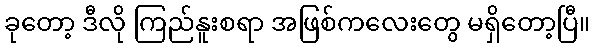
ခုတော့ ဒီလို ကြည်နူးစရာ အဖြစ်ကလေးတွေ မရှိတော့ပြီ။